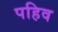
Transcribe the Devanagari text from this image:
पहिव